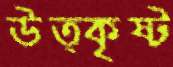
উত্কৃষ্ট